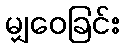
မျှဝေခြင်း